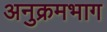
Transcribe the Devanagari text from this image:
अनुक्रमभाग